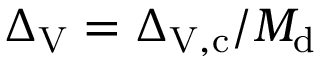
\Delta _ { \mathrm { V } } = \Delta _ { \mathrm { V } , \mathrm { c } } / M _ { \mathrm { d } }